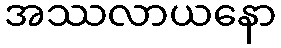
အဿလာယနော